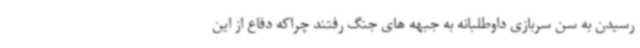
رسیدن به سن سربازی داوطلبانه به جبهه های جنگ رفتند چراکه دفاع از این